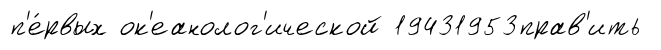
п'е́рвых ок'еанолог'ической 19431953прав'ить